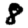
Digit: 8